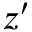
z ^ { \prime }